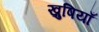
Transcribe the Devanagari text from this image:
ख़ुषियाँ